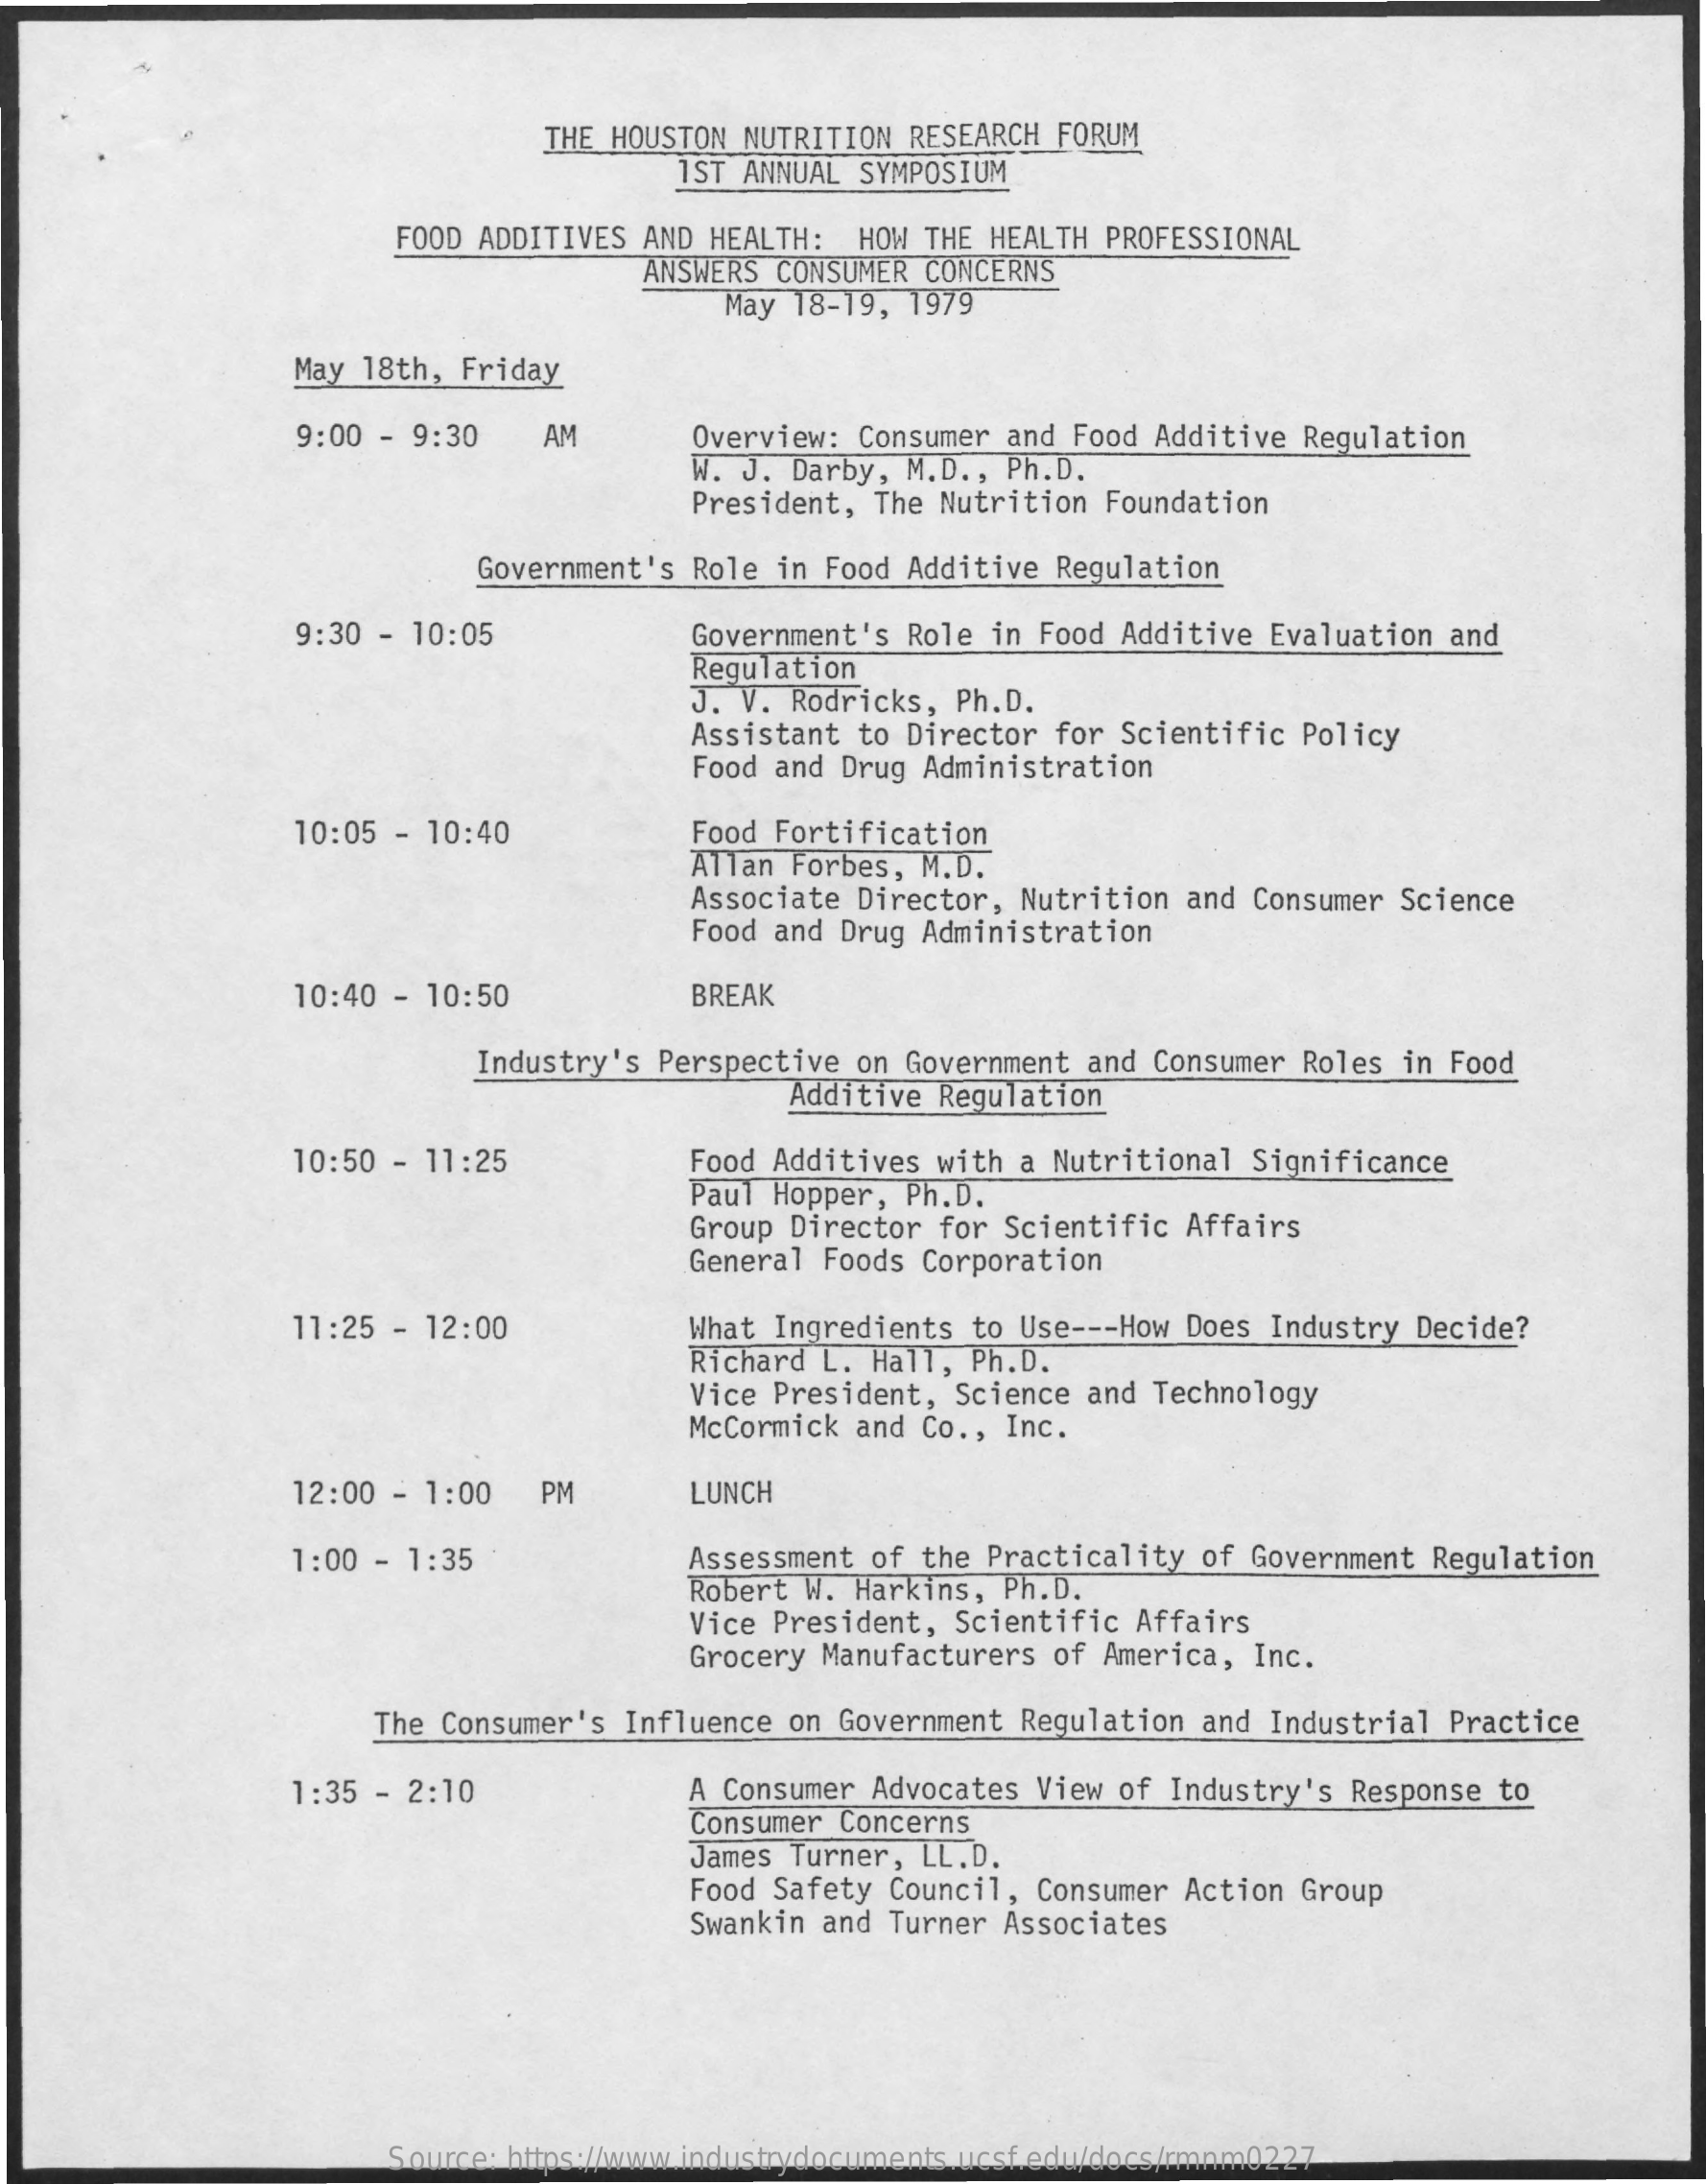
THE HOUSTON NUTRITION RESEARCH FORUM
     1ST ANNUAL SYMPOSIUM
     FOOD ADDITIVES AND HEALTH: HOW THE HEALTH PROFESSIONAL
     ANSWERS CONSUMER CONCERNS
     May 18-19, 1979
     May 18th, Friday
     9:00 - 9:30  AM    Overview: Consumer and Food Additive Regulation
     W. J. Darby, M.D ., Ph.D.
     President, The Nutrition Foundation
     Government's Role in Food Additive Regulation
     9:30 - 10:05    Government's Role in Food Additive Evaluation and
     Regulation
     J. V. Rodricks, Ph.D.
     Assistant to Director for Scientific Policy
     Food and Drug Administration
     10:05 - 10:40    Food Fortification
     Allan Forbes, M.D.
     Associate Director, Nutrition and Consumer Science
     Food and Drug Administration
     10:40 - 10:50    BREAK
     Industry's Perspective on Government and Consumer Roles in Food
     Additive Regulation
     10:50 - 11:25    Food Additives with a Nutritional Significance
     Paul Hopper, Ph.D.
     Group Director for Scientific Affairs
     General Foods Corporation
     11:25 - 12:00    What Ingredients to Use --- How Does Industry Decide?
     Richard L. Hall, Ph.D.
     Vice President, Science and Technology
     McCormick and Co ., Inc.
     12:00 - 1:00 PM    LUNCH
     1:00 - 1:35    Assessment of the Practicality of Government Regulation
     Robert W. Harkins, Ph.D.
     Vice President, Scientific Affairs
     Grocery Manufacturers of America, Inc.
     The Consumer's Influence on Government Regulation and Industrial Practice
     1:35 - 2:10    A Consumer Advocates View of Industry's Response to
     Consumer Concerns
     James Turner, LL.D.
     Food Safety Council, Consumer Action Group
     Swankin and Turner Associates
     Source: https://www.industrydocuments.ucsf.edu/docs/rmnm0227